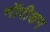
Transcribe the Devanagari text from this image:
मॉरीशन